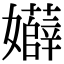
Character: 𡤏